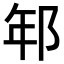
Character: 𨚶